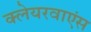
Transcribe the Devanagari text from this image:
क्लेयरवाएंस